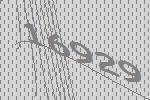
16929